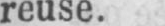
reuse.